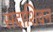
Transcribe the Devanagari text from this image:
सदाशिवन